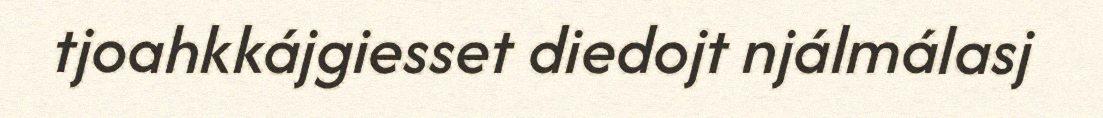
tjoahkkájgiesset diedojt njálmálasj